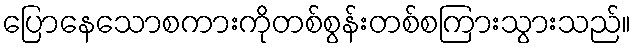
ပြောနေသောစကားကိုတစ်စွန်းတစ်စကြားသွားသည်။